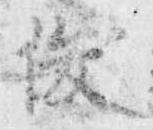
俊